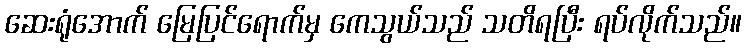
ဆေးရုံအောက် မြေပြင်ရောက်မှ ကေသွယ်သည် သတိရပြီး ရပ်လိုက်သည်။